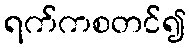
ရက်ကစတင်၍